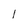
Character: 1